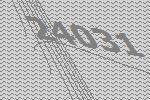
24031